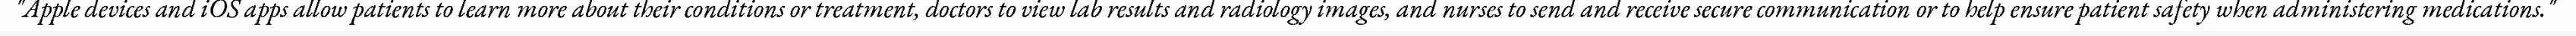
"Apple devices and iOS apps allow patients to learn more about their conditions or treatment, doctors to view lab results and radiology images, and nurses to send and receive secure communication or to help ensure patient safety when administering medications."